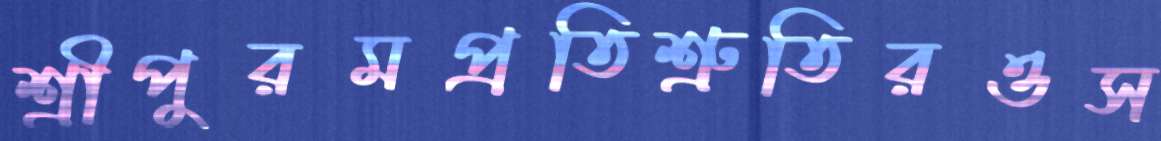
শ্রীপুরমপ্রতিশ্রুতিরওস